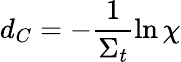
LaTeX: d_{C}=-\frac{1}{\Sigma_{t}}\ln\chi